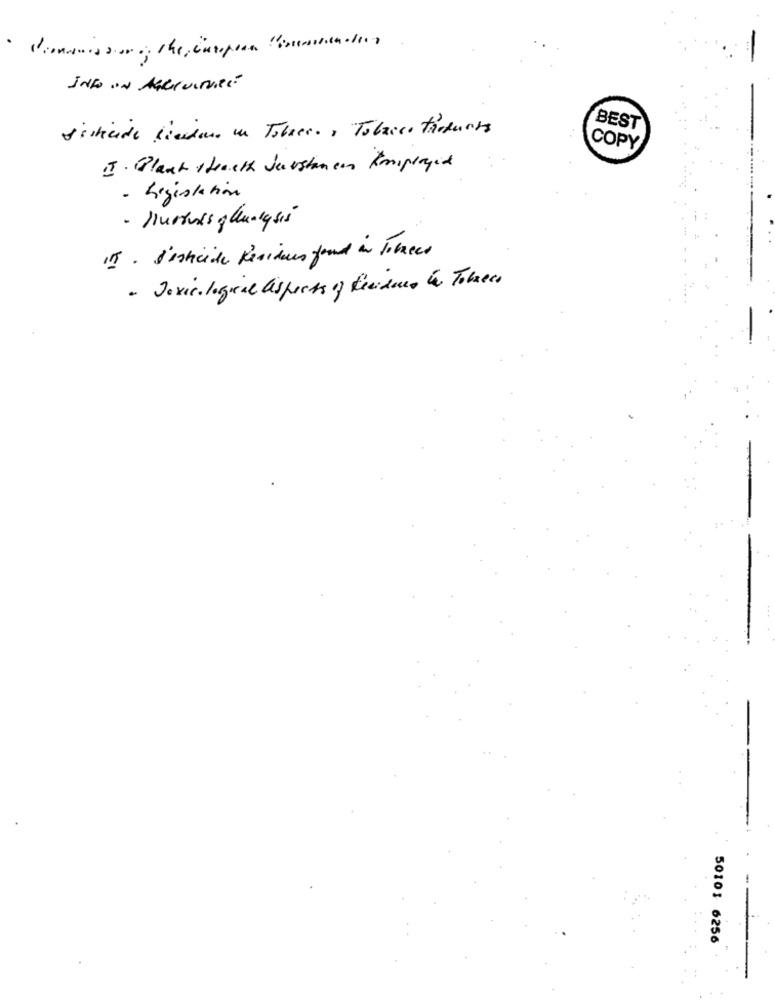
· commission, the european "consecador
INFO IN AGRICULTURE
sistecide lieder in Tuberos Tobricotaduas
BEST
COPY
I. Black streeth Jarstance Employed
- Legislation
- Hursuis glung si5
IT . I'isheide Residues found in Tobees
- Toxic. logical aspects of feridas ha Tobecs
50101 6256